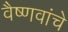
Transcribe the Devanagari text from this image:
वैष्णवांचे